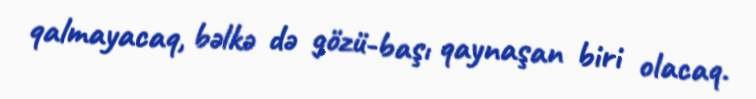
qalmayacaq, bəlkə də gözü-başı qaynaşan biri olacaq.